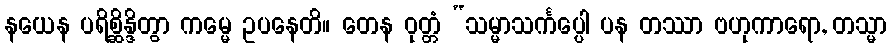
နယေန ပရိစ္ဆိန္ဒိတွာ ကမ္မေ ဥပနေတိ။ တေန ဝုတ္တံ “သမ္မာသင်္ကပ္ပေါ ပန တဿာ ဗဟုကာရော, တသ္မာ